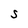
Character: S